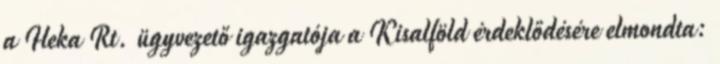
a Heka Rt. ügyvezető igazgatója a Kisalföld érdeklődésére elmondta: